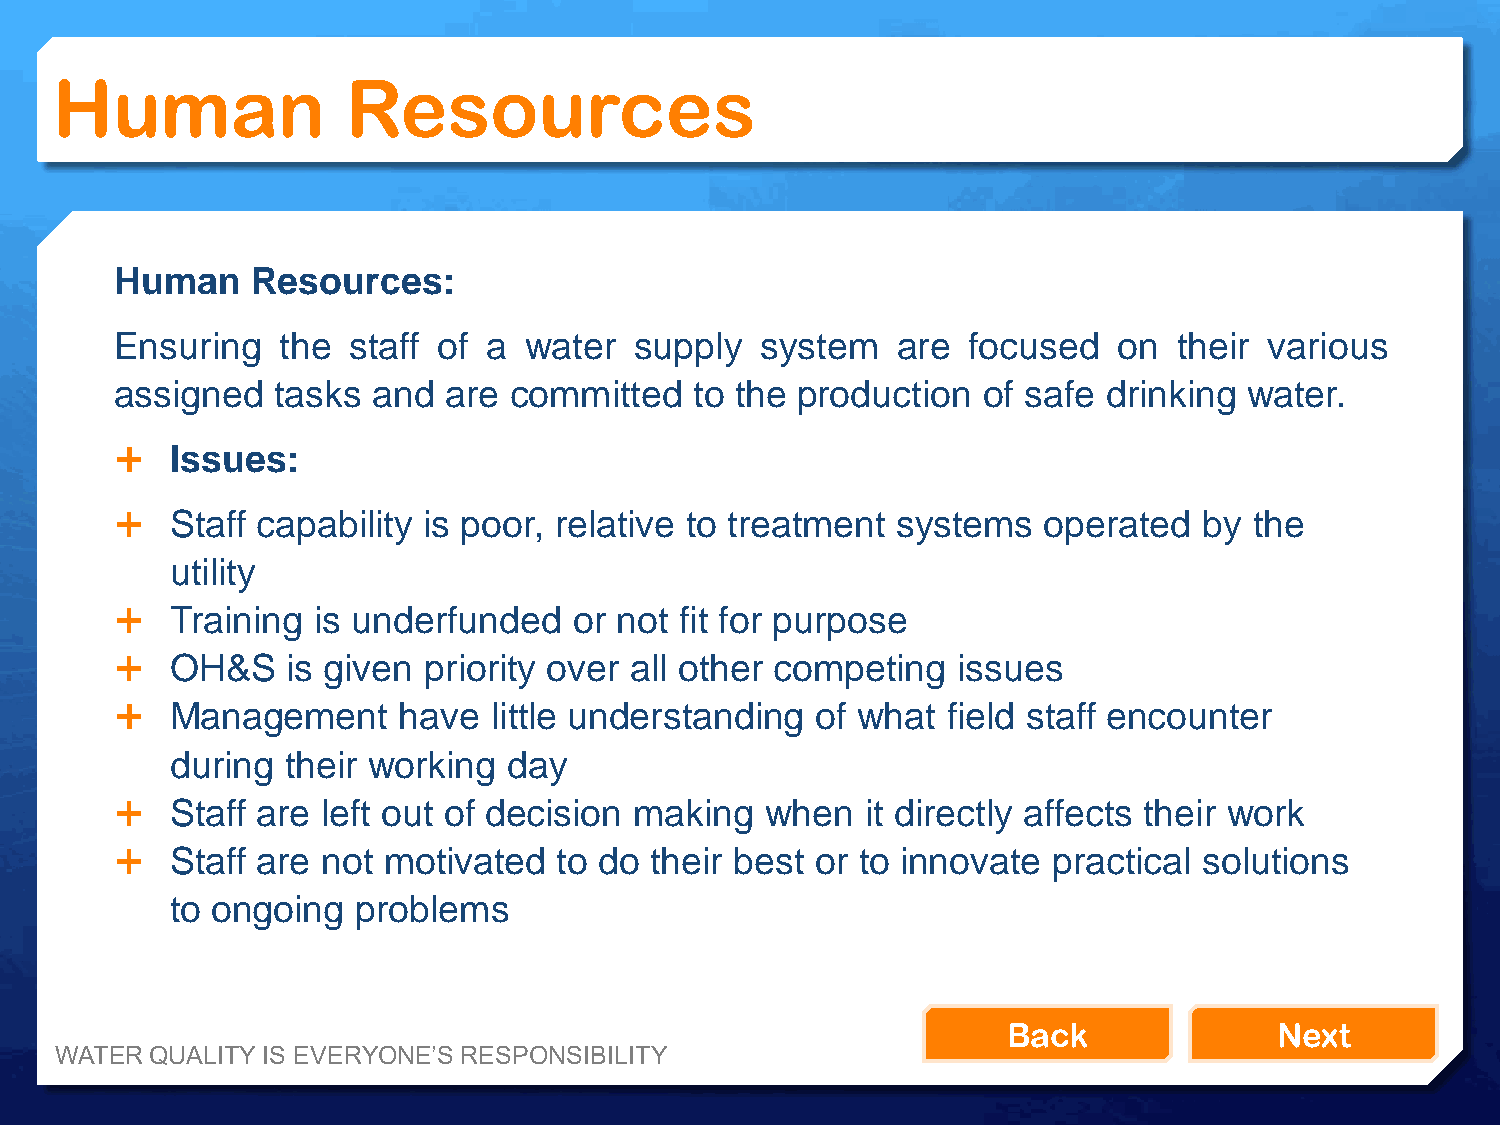
Human               Resources
 Human    Resources:
 Ensuring  the  staff of a  water  supply  system   are  focused   on  their various
 assigned  tasks  and are  committed   to the production  of safe drinking  water.
   Issues:
   Staff capability is poor, relative to treatment systems   operated   by the
 utility
   Training  is underfunded   or not fit for purpose
   OH&S    is given priority over all other competing  issues
   Management     have  little understanding  of what  field staff encounter
 during  their working  day
   Staff are left out of decision making   when  it directly affects their work
   Staff are not motivated   to do their best or to innovate  practical solutions
 to ongoing   problems
 Back              Next
 WATER QUALITY IS EVERYONE’S RESPONSIBILITY